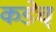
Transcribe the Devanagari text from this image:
कडेच्